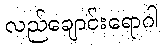
လည်ချောင်းရောဂါ